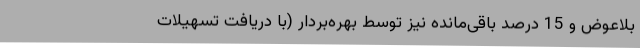
بلاعوض و 15 درصد باقی‌مانده نیز توسط بهره‌بردار (با دریافت تسهیلات